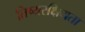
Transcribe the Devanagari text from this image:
तिष्यरक्षियता